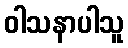
ဝါသနာပါသူ